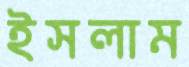
ইসলাম